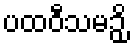
ပထဝီသမဉှိ